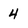
Character: 4